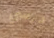
درسي